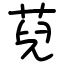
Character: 萖